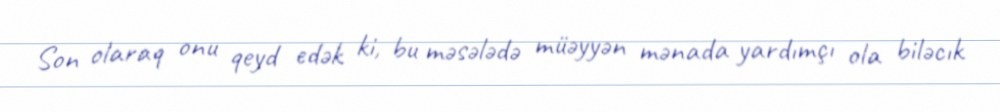
Son olaraq onu qeyd edək ki, bu məsələdə müəyyən mənada yardımçı ola biləcık